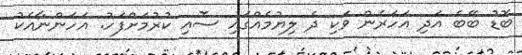
ބޮޑު ބޭބެ އަދި އަހަރެން ވަކި ދެ ލިޔުމެއްގައި ސޮއި ކުރުމަށްފަހު. އަހަންނާއެކު